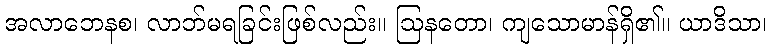
အလာဘေနစ၊ လာဘ်မရခြင်းဖြစ်လည်း။ ဩနတော၊ ကျသောမာန်ရှိ၏။ ယာဒိသာ၊